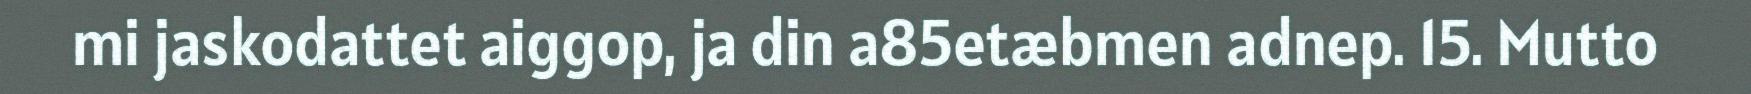
mi jaskodattet aiggop, ja din a85etæbmen adnep. 15. Mutto